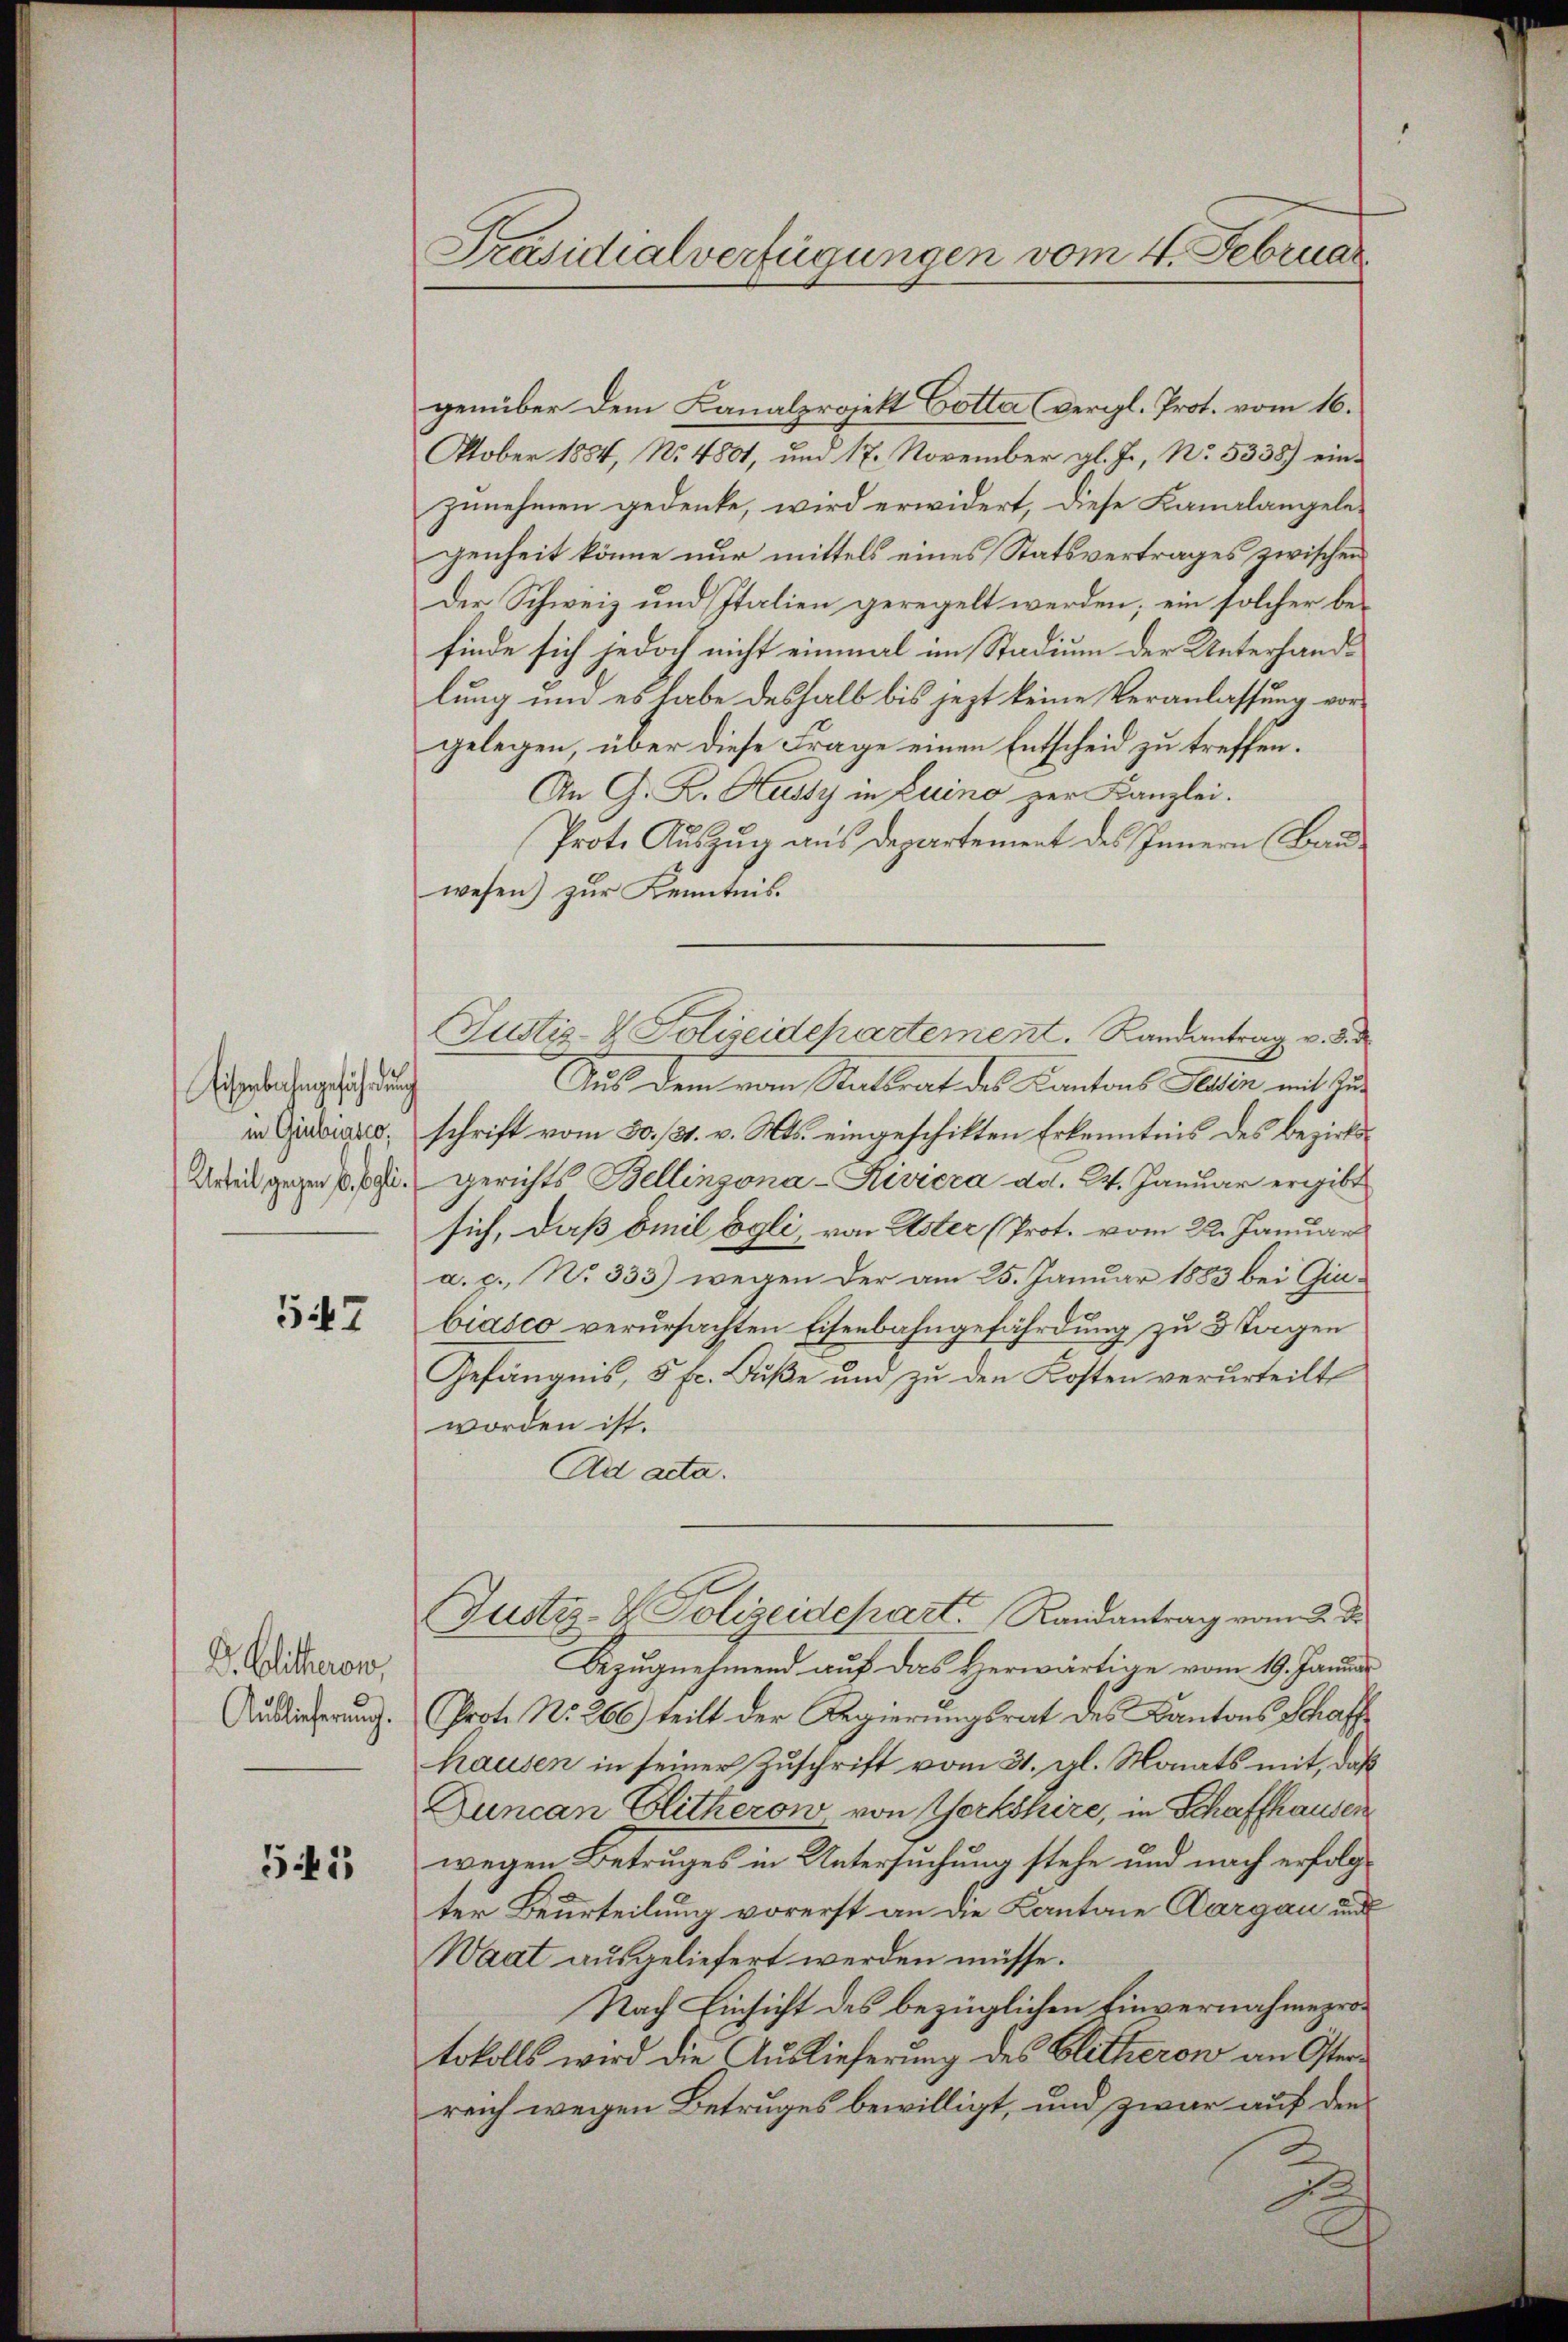
Eisenbahngeführung
in Giubiasco,
Urteil gegen 10. Egli.

547

D. Blitteron,
Auslieferung.

541

Präsidialverfügungen vom 4. Februar

genüber dem Kanalprojekt Gotta (vergl. Prot. vom 16.
Oktober 1854, No 4801, um 17. November gl. J., No. 5338) einzunehmen gedenke, wird erwidert, diese Kanalangelegenheit könne nur mittels eines Statsvertrages zwischen
Der Schweiz und Italien geregelt werden; ein solcher befinde sich jedoch nicht einmal im Stadium der Unterhandlung und es habe deshalb bis jezt keine Veranlassung vor
gelegen, über diese Frage einen Entscheid zu treffen.
An G. K. Kussy in Luino zur Kanzlei.
Prote Auszug aus Departement des Innern Bauwesen) zur Kenntnis.
Aus dem vom Statsrat des Kantons Tessin mit Zuschrift vom 30. /31. v. Mts. eingeschikten Erkenntnis des bezirksgerichts Bellinzona-Riviera ad. 24. Januar ergibt
sich, daß Emil Egli, von Uster (Prot. vom 22. Januar
a. g. No 333) wegen der am 25. Januar 1883 bei Ginbiasco verursachten Eisenbahngefährdung zu 3 Tagen
Gefängnis, 5 fr. Buße um zu den Kosten verurteilt
worden ist.
Ad acta.
Justiz- & Polizeidepart Randantrag vom 2. d.
Bezugnehmend auf das Herwärtige vom 19. Janua
Prot. No. 266) teilt der Regierungsrat des Kantons Schaff
hausen in seiner Zuschrift vom 31. gl. Monats mit, daß
Duncan Glitherow von Werkskire, in Schaffhausen
wegen Betruges in Untersuchung stehe und nach erfolge
ter Beurteilung vorerst an die Kantone Aargau und
Waat ausgeliefert werden müsse.
Nach Einsicht des bezüglichen Einvernahmeprotokolls wird die Auslieferung des Blitherow an Osterreich wegen Betruges bewilligt, und zwar auf den

Justiz- & Polizeidepartement. Randantrag v. 3.

.